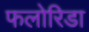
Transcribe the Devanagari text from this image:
फलोरिडा